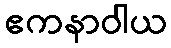
ဧကနာဝါယ